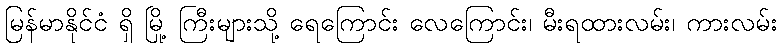
မြန်မာနိုင်ငံ ရှိ မြို့ ကြီးများသို့ ရေကြောင်း လေကြောင်း၊ မီးရထားလမ်း၊ ကားလမ်း